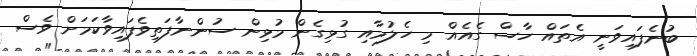
ބުނެފައިވަނީ އެތައް ހާސް ގެއެއް މި ހެލުމާއި ގުޅިގެން މުޅިން ސުންނާފަތިވެފައިވާކަމަށް ވެސް